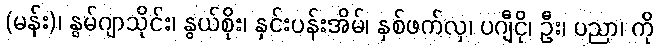
(မန်း)၊ နွမ်ဂျာသိုင်း၊ နွယ်စိုး၊ နှင်းပန်းအိမ်၊ နှစ်ဖက်လှ၊ ပဂျီငို၊ ဦး၊ ပညာ၊ ကို